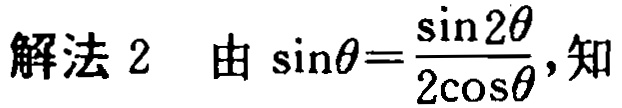
解法 2 由 \(\sin\theta=\frac{\sin 2\theta}{2\cos\theta}\)，知